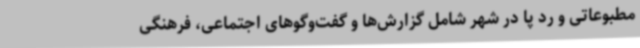
مطبوعاتی و رد پا در شهر شامل گزارش‌ها و گفت‌وگوهای اجتماعی، فرهنگی